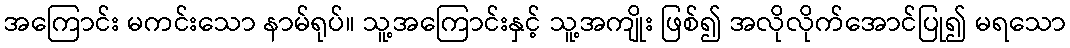
အကြောင်း မကင်းသော နာမ်ရုပ်။ သူ့အကြောင်းနှင့် သူ့အကျိုး ဖြစ်၍ အလိုလိုက်အောင်ပြု၍ မရသော